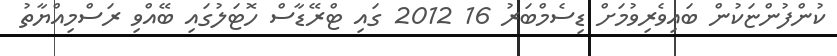
ކުންފުންޏަކުން ބައިވެރިވުމަށް ޑިސެމްބަރު 16 2012 ގައި ޓްރޭޑާސް ހޮޓަލުގައި ބޭއްވި ރަސްމިއްޔާތު